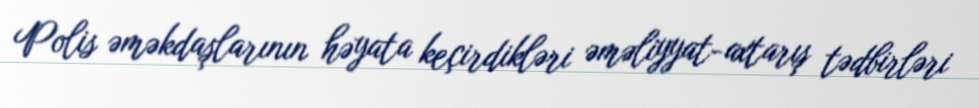
Polis əməkdaşlarının həyata keçirdikləri əməliyyat-axtarış tədbirləri